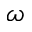
\omega